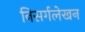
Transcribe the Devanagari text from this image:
निसर्गलेखन